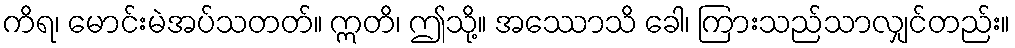
ကိရ၊ မောင်းမဲအပ်သတတ်။ ဣတိ၊ ဤသို့။ အဿောသိ ခေါ၊ ကြားသည်သာလျှင်တည်း။